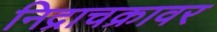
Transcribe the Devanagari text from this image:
निद्राचक्रावर